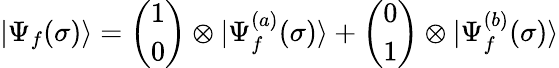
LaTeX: |\Psi_{f}(\sigma)\rangle=\binom{1}{0}\otimes|\Psi_{f}^{(a)}(\sigma)\rangle+\binom{0}{1}\otimes|\Psi_{f}^{(b)}(\sigma)\rangle